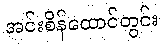
အင်းစိန်ထောင်တွင်း